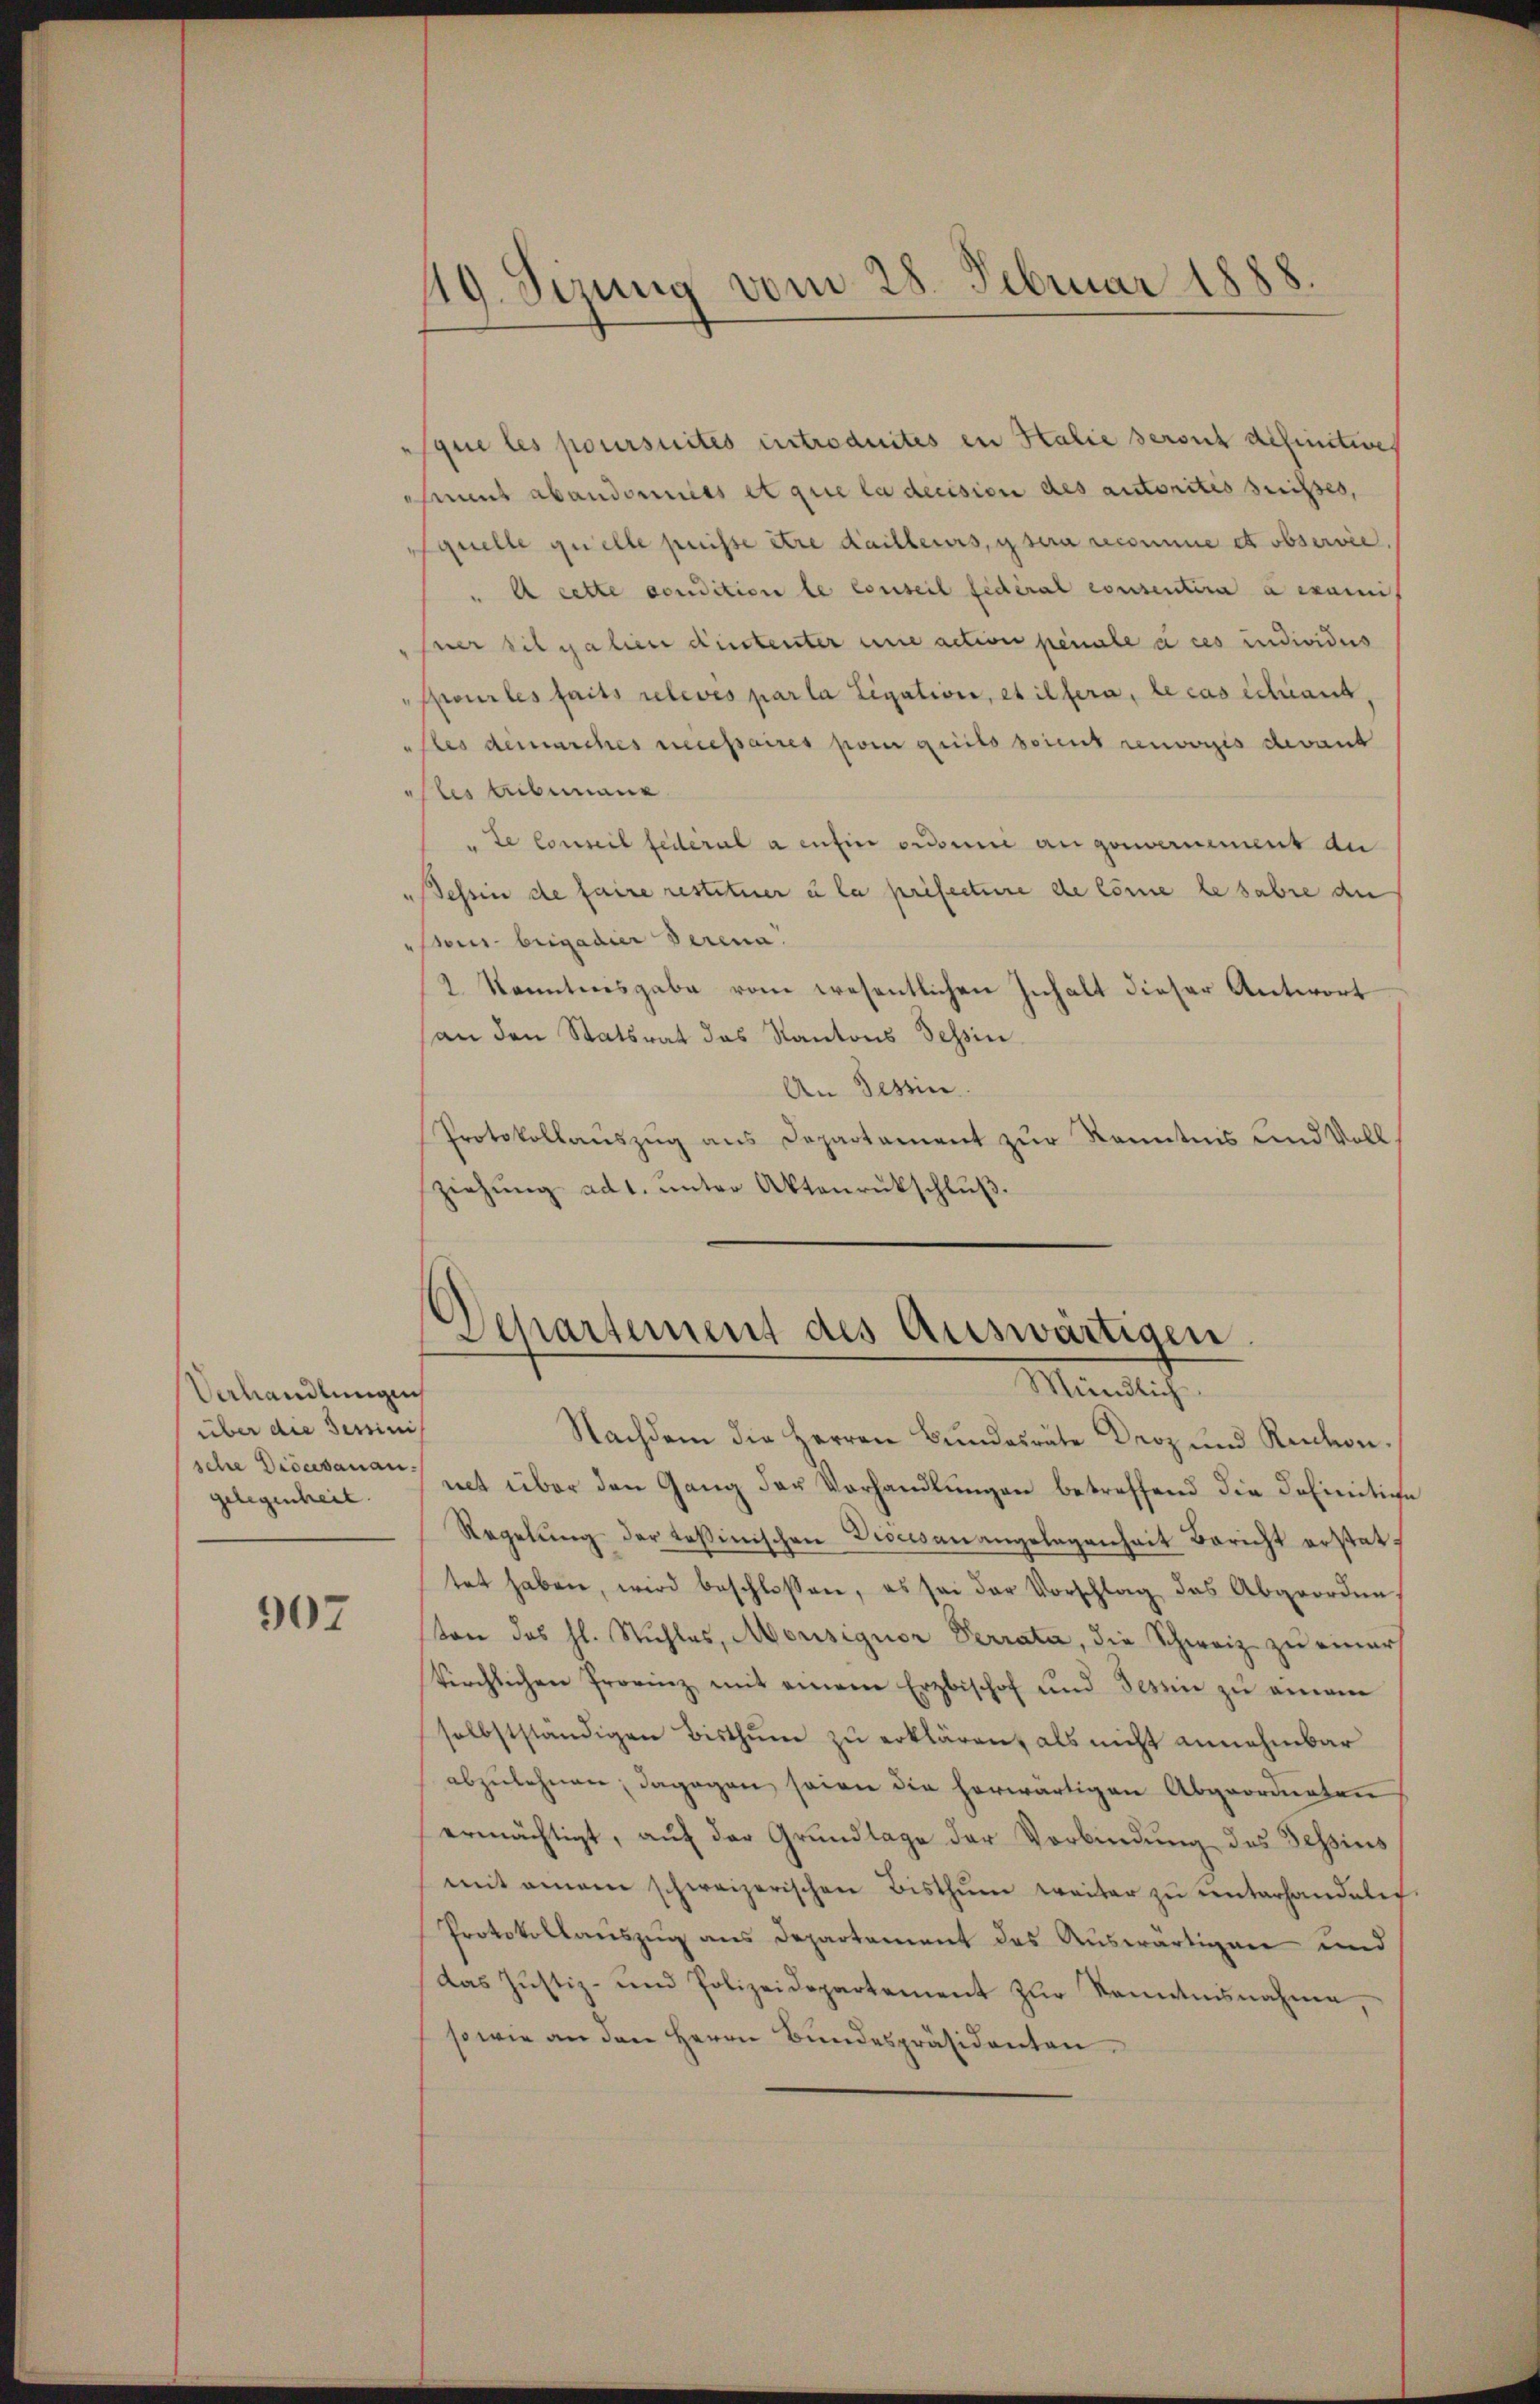
Uehandlungen
über die Sessinis
sche Diöcesanan-
gelegenheit.

307

19. Serung vom 28. Februar 1888.

sque les poursuites introduites in Halie berich definitive
Amt abandomies et que la decision des autorités suisses,
quelle quelle puisse être dailleurs, y sera recomme et observie.
" A cette condition le conseil fédéral consentire a examit
sner sit galien hintenter une action penale a ces individus
Pour les faits relevés parla Ligation, et illera, le cas schraut
Ales demarches necessaires par quits sont renvorsis devant
les tribunaus
" de Conseil federal a enfin ordonne an gouvernement de
Bessen de faire restituer u la préfecture de könne le habe de
ibrigadier derena
2 Kenntnisgabe vom wesentlichen Inhalt dieser Antwort
an den Statsrat das Kantons Tessin
An Tessin.
Protokollauszug aus Departament zur Kenntnis und Voll
ziehung ad 1. unter Aktenrückschluß.

Departement des Auswärtigen
Mündlich

Nachdem die Herren Bundesräte Droz und Reidon
nt über den Gang der Vorhandlungen betreffend die Definition
Regelŭng der tessinischen Diocesanangelegenheit Bericht erstattet haben, wird beschlossen, es sei der Vorschlag das Abgeordne
ton des hl. Stuhles, Monsignor Verrata, die Schweiz zu einer
kirchlichen Provinz mit einem Erzbischof und Tessin zu eingen
selbstständigen Bisthum zu erklären, als nicht annehmbar
abzulehnen; dagegen seien die herwärtigen Abgeordneten
ermächtigt, auf der Grundlage der Verbindung des Tessins
mit einem schweizerischen Bisthum weiter zu unterhandeler.
Protokollauszug aus Departement des Auswärtigen und
Das Justiz- und Polizeidepartement zŭr Kenntnisnahme,
sowie an den Herrn Bundespräsidenten.